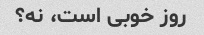
روز خوبی است، نه؟